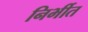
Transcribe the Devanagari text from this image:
निर्भीत